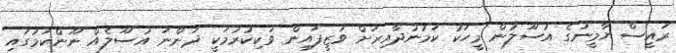
ރައީސް ޔާމީނުގެ އުސޫލުން މީހަކު ކަމުނުދާއިރަށް ވަޒީފައިން ވަކިކުރުމަކީ ދަންނަ އުސޫލެއް ނޫންކަމުގައި